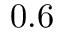
0 . 6